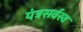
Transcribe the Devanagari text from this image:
यंत्रसर्वस्व